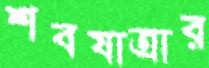
শবযাত্রার